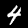
Label: 4